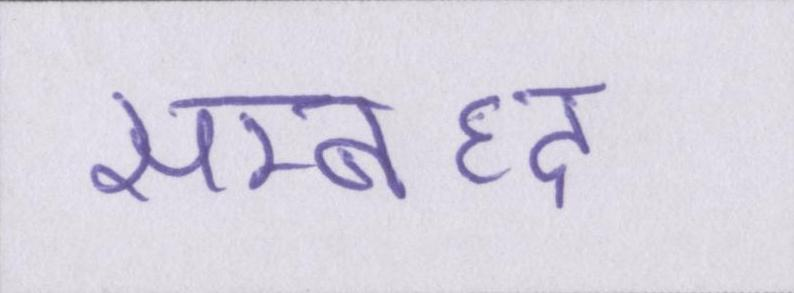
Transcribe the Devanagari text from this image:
सम्बध्द